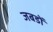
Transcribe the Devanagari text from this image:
जबडों